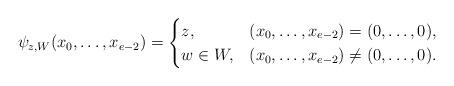
LaTeX: \begin{align*}\psi_{z, W}(x_0, \ldots, x_{e-2})=\begin{cases}z, & (x_0, \ldots, x_{e-2})=(0, \ldots, 0),\\w\in W, & (x_0, \ldots, x_{e-2})\neq (0, \ldots, 0).\end{cases}\end{align*}